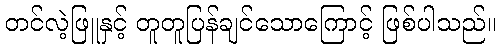
တင်လဲ့ဖြူနှင့် တူတူပြန်ချင်သောကြောင့် ဖြစ်ပါသည်။